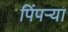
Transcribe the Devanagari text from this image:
पिंपऱ्या